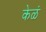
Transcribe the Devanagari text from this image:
केळं